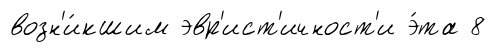
возн'и́кшим эвр'ист'ичност'и э́та 8